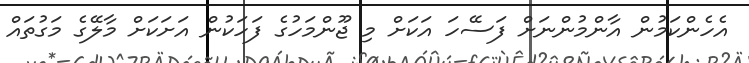
އެހެންކަމުން އާންމުންނަށް ފަސޭހަ އަކަށް މި ޖޫންމަހުގެ ފަހަކުން އަށަކަށް މާލޭގެ މަގުތައް